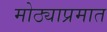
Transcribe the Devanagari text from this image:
मोठ्याप्रमात